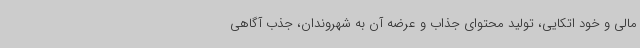
مالی و خود اتکایی، تولید محتوای جذاب و عرضه آن به شهروندان، جذب آگاهی